Annual administration report of the Civil Veterinary Department of India - 1895-1896
Year: 1895
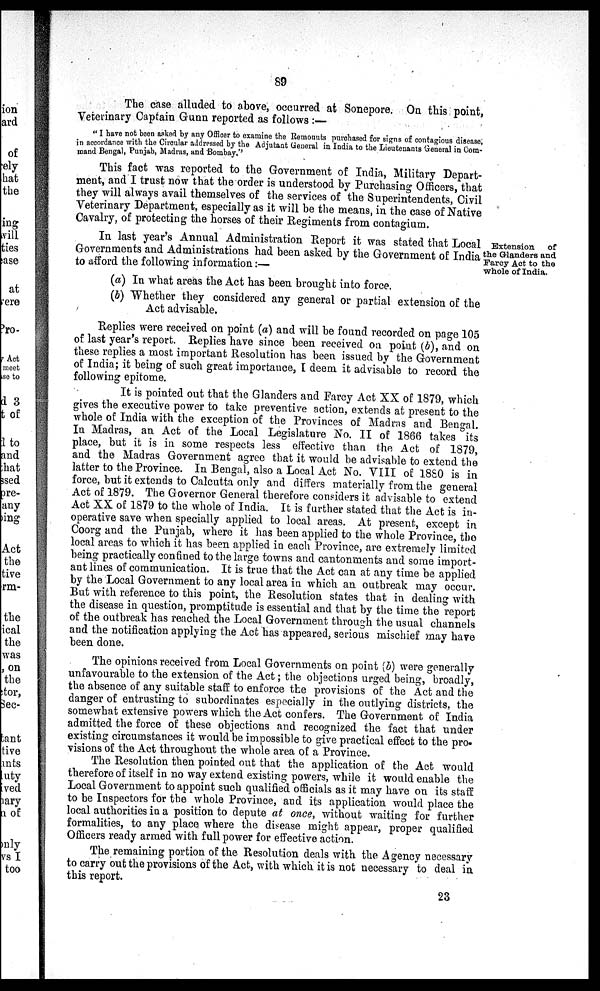
89
The case alluded to above, occurred at Sonepore. On this point,
Veterinary Captain Gunn reported as follows :—
" I have not been asked by any Officer to examine the Remounts purchased for signs of contagious disease,
in accordance with the Circular addressed by the Adjutant General in India to the Lieutenants General in Com-
mand Bengal, Punjab, Madras, and Bombay."
This fact was reported to the Government of India, Military Depart-
ment, and I trust now that the order is understood by Purchasing Officers, that
they will always avail themselves of the services of the Superintendents, Civil
Veterinary Department, especially as it will be the means, in the case of Native
Cavalry, of protecting the horses of their Regiments from contagium.
Extension
of
the Glanders and
Farcy Act to the
whole of India.
In last year's Annual Administration Report it was stated that Local
Governments and Administrations had been asked by the Government of India
to afford the following information:—
(a) In what areas the Act has been brought into force.
(b) Whether they considered any general or partial extension of the
Act advisable.
Replies were received on point (a) and will be found recorded on page 105
of last year's report. Replies have since been received on point (b), and on
these replies a most important Resolution has been issued by the Government
of India; it being of such great importance, I deem it advisable to record the
following epitome.
It is pointed out that the Glanders and Farcy Act XX of 1879, which
gives the executive power to take preventive action, extends at present to the
whole of India with the exception of the Provinces of Madras and Bengal.
In Madras, an Act of the Local Legislature No. II of 1866 takes its
place, but it is in some respects less effective than the Act of 1879,
and the Madras Government agree that it would be advisable to extend the
latter to the Province. In Bengal, also a Local Act No. VIII of 1880 is in
force, but it extends to Calcutta only and differs materially from the general
Act of 1879. The Governor General therefore considers it advisable to extend
Act XX of 1879 to the whole of India. It is further stated that the Act is in-
operative save when specially applied to local areas. At present, except in
Coorg and the Punjab, where it has been applied to the whole Province, the
local areas to which it has been applied in each Province, are extremely limited
being practically confined to the large towns and cantonments and some import-
ant lines of communication. It is true that the Act can at any time be applied
by the Local Government to any local area in which an outbreak may occur.
But with reference to this point, the Resolution states that in dealing with
the disease in question, promptitude is essential and that by the time the report
of the outbreak has reached the Local Government through the usual channels
and the notification applying the Act has appeared, serious mischief may have
been done.
The opinions received from Local Governments on point (b) were generally
unfavourable to the extension of the Act; the objections urged being, broadly,
the absence of any suitable staff to enforce the provisions of the Act and the
danger of entrusting to subordinates especially in the outlying districts, the
somewhat extensive powers which the Act confers. The Government of India
admitted the force of these objections and recognized the fact that under
existing circumstances it would be impossible to give practical effect to the pro-
visions of the Act throughout the whole area of a Province.
The Resolution then pointed out that the application of the Act would
therefore of itself in no way extend existing powers, while it would enable the
Local Government to appoint such qualified officials as it may have on its staff
to be Inspectors for the whole Province, and its application would place the
local authorities in a position to depute at once, without waiting for further
formalities, to any place where the disease might appear, proper qualified
Officers ready armed with full power for effective action.
The remaining portion of the Resolution deals with the Agency necessary
to carry out the provisions of the Act, with which it is not necessary to deal in
this report.
23